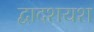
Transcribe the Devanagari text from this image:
द्वादशयश